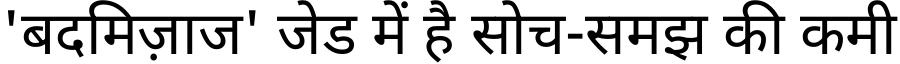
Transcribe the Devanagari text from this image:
'बदमिज़ाज' जेड में है सोच-समझ की कमी